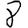
Digit: 8